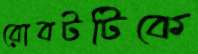
রোবটটিকে